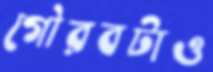
গৌরবটাও